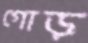
গোড়